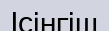
Ісінгіш